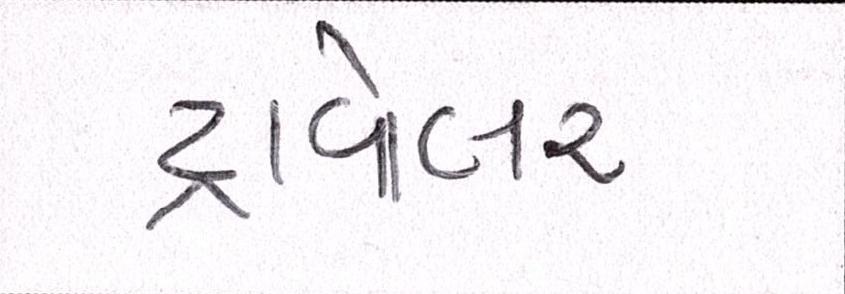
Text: ટ્રાવેલર